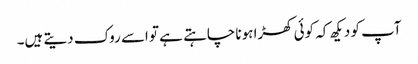
آپ کو دیکھ کہ کوئی کھڑا ہونا چاہتے ہے تو اسے روک دیتے ہیں۔